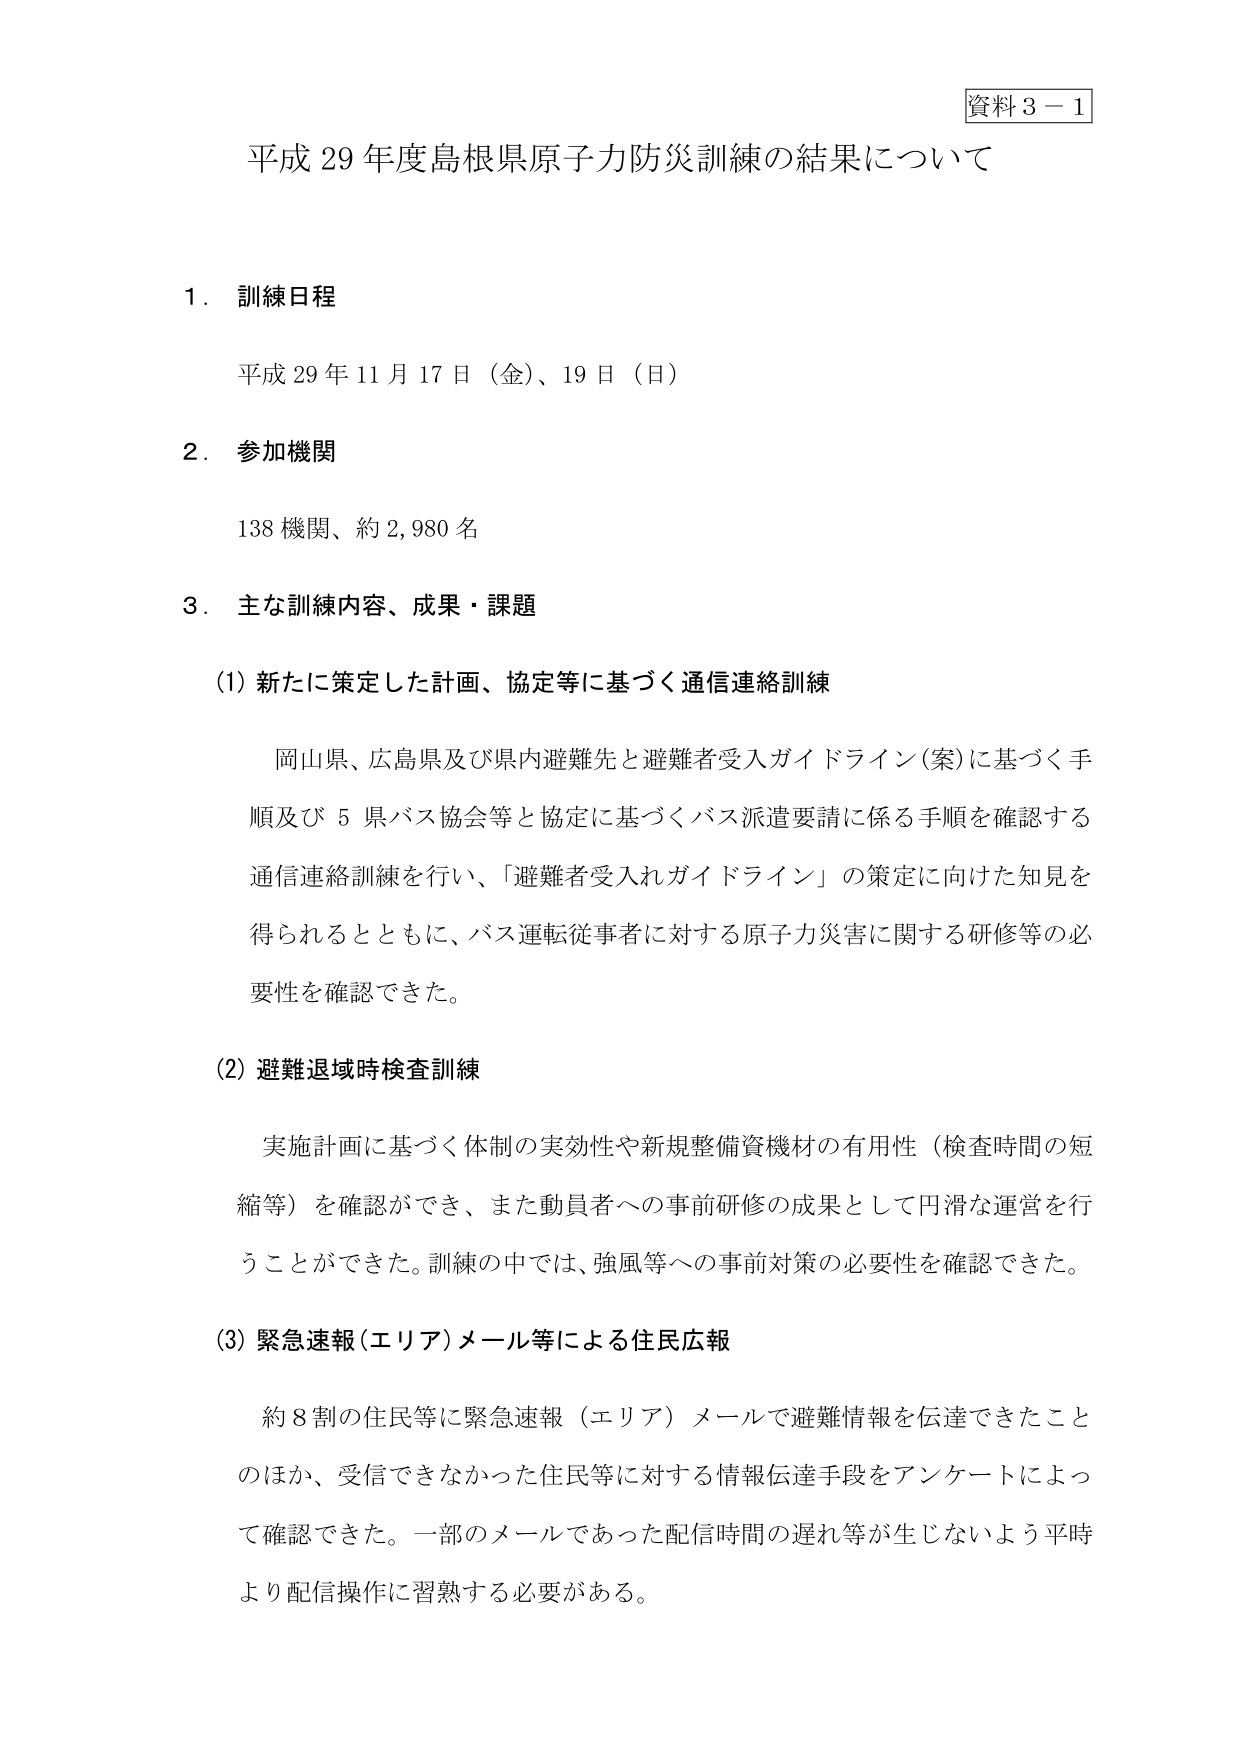
資料３－１
平成29年度島根県原子力防災訓練の結果について

１．訓練日程
平成29年11月17日（金）、19日（日）

２．参加機関
138機関、約2,980名

３．主な訓練内容、成果・課題

（1）新たに策定した計画、協定等に基づく通信連絡訓練
　岡山県、広島県及び県内避難先と避難者受入ガイドライン（案）に基づく手順及び5県バス協会等と協定に基づくバス派遣要請に係る手順を確認する通信連絡訓練を行い、「避難者受入れガイドライン」の策定に向けた知見を得られるとともに、バス運転従事者に対する原子力災害に関する研修等の必要性を確認できた。

（2）避難退域時検査訓練
　実施計画に基づく体制の実効性や新規整備資機材の有用性（検査時間の短縮等）を確認ができ、また動員者への事前研修の成果として円滑な運営を行うことができた。訓練の中では、強風等への事前対策の必要性を確認できた。

（3）緊急速報（エリア）メール等による住民広報
　約8割の住民等に緊急速報（エリア）メールで避難情報を伝達できたことのほか、受信できなかった住民等に対する情報伝達手段をアンケートによって確認できた。一部のメールであった配信時間の遅れ等が生じないよう平時より配信操作に習熟する必要がある。